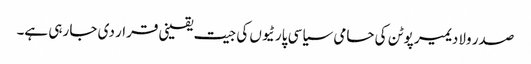
صدر ولادیمیر پوٹن کی حامی سیاسی پارٹیوں کی جیت یقینی قرار دی جا رہی ہے۔